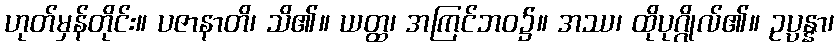
ဟုတ်မှန်တိုင်း။ ပဇာနာတိ၊ သိ၏။ ယတ္ထ၊ အကြင်ဘဝ၌။ အဿ၊ ထိုပုဂ္ဂိုလ်၏။ ဥပ္ပန္နာ၊